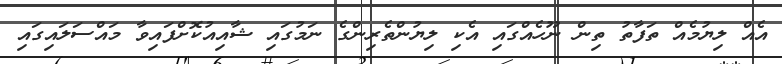
އެއް ލިޔުމެއް ތަފާތު ތިން ނޫހެއްގައި އެކި ލިޔުންތެރިންގެ ނަމުގައި ޝާއިއުކޮށްފައިވާ މައްސަލައިގައި